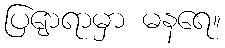
ပြျောရာမှာ မနရေ။